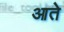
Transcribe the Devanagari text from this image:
आते